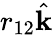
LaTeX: r_{12}\hat{\textbf{k}}